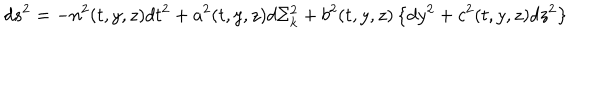
d s ^ { 2 } = - n ^ { 2 } ( t , y , z ) d t ^ { 2 } + a ^ { 2 } ( t , y , z ) d \Sigma _ { k } ^ { 2 } + b ^ { 2 } ( t , y , z ) \left\{ d y ^ { 2 } + c ^ { 2 } ( t , y , z ) d z ^ { 2 } \right\}